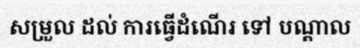
សម្រួល ដល់ ការធ្វើដំណើរ ទៅ បណ្តាល